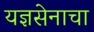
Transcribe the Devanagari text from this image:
यज्ञसेनाचा